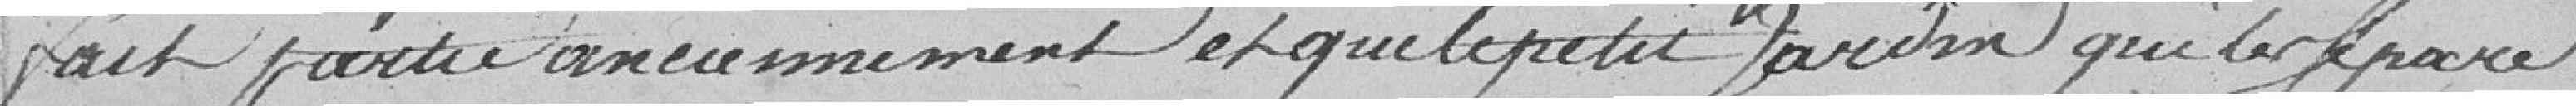
fait partie anciennement et que le petit jardin qui les sépare